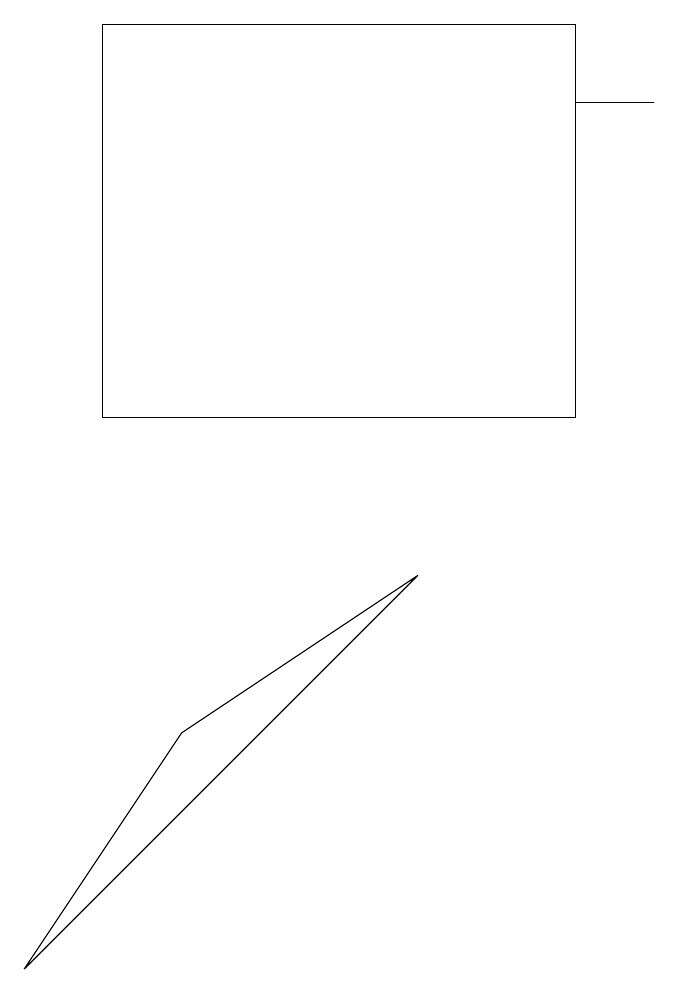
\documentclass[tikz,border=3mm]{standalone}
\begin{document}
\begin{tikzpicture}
\draw (8,15) rectangle (9,15);
\draw (1,4) -- (3,7) -- (6,9) -- cycle;
\draw (8,11) rectangle (2,16);
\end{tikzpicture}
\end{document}